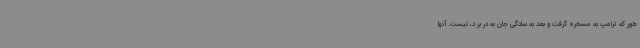
طور که ترامپ به مسخره گرفت و بعد به سادگی جان به در بر د، نیست. آنها